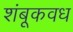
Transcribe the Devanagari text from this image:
शंबूकवध